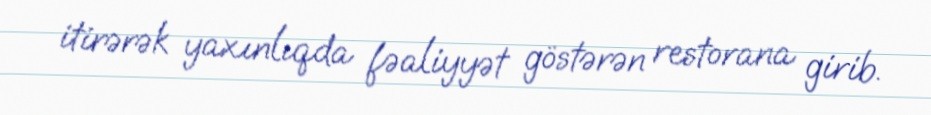
itirərək yaxınlıqda fəaliyyət göstərən restorana girib.